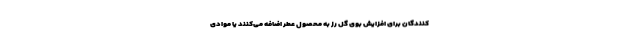
کنندگان برای افزایش بوی گل رز به محصول عطر اضافه می‌کنند یا موادی